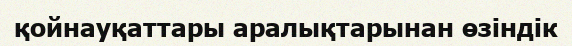
қойнауқаттары аралықтарынан өзіндік